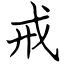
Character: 戒